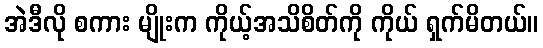
အဲဒီလို စကား မျိုးက ကိုယ့်အသိစိတ်ကို ကိုယ် ရှက်မိတယ်။